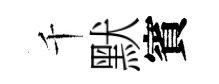
千默賓